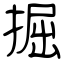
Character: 掘